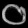
Digit: ၀